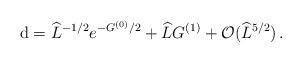
LaTeX: \begin{align*}{\rm d}= \widehat{L}^{-1/2}e^{-G^{(0)}/2} +\widehat{L}G^{(1)}+{\cal O}(\widehat{L}^{5/2})\, .\end{align*}